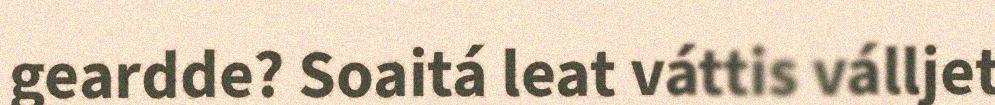
geardde? Soaitá leat váttis válljet